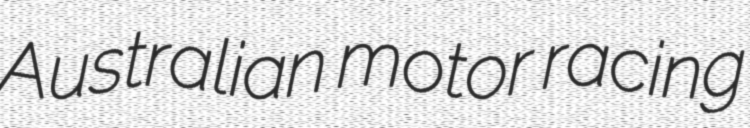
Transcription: Australian motor racing